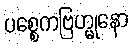
ပစ္စေကဗြဟ္မုနော